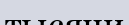
тысячи